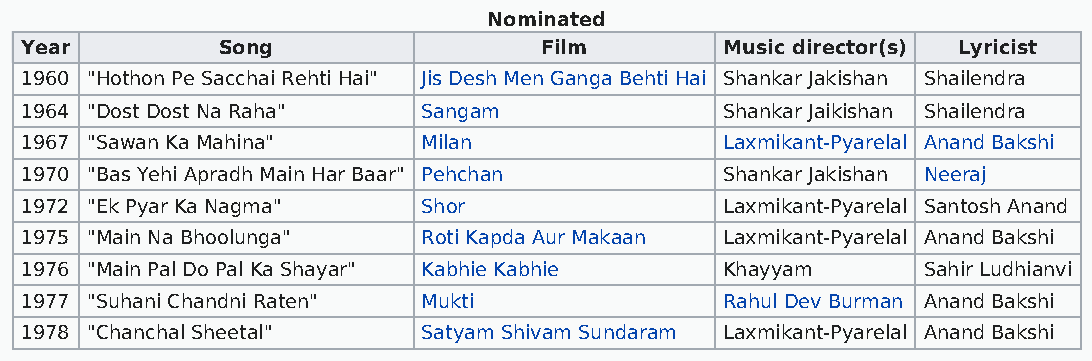
Nominated
 Year         Song                  Film        Music director(s) Lyricist
 1960 "Hothon Pe Sacchai Rehti Hai" Jis Desh Men Ganga Behti Hai Shankar Jakishan Shailendra
 1964 "Dost Dost Na Raha"   Sangam              Shankar Jaikishan Shailendra
 1967 "Sawan Ka Mahina"     Milan               Laxmikant-Pyarelal Anand Bakshi
 1970 "Bas Yehi Apradh Main Har Baar" Pehchan   Shankar Jakishan Neeraj
 1972 "Ek Pyar Ka Nagma"    Shor                Laxmikant-Pyarelal Santosh Anand
 1975 "Main Na Bhoolunga"   Roti Kapda Aur Makaan Laxmikant-Pyarelal Anand Bakshi
 1976 "Main Pal Do Pal Ka Shayar" Kabhie Kabhie Khayyam      Sahir Ludhianvi
 1977 "Suhani Chandni Raten" Mukti              Rahul Dev Burman Anand Bakshi
 1978 "Chanchal Sheetal"    Satyam Shivam Sundaram Laxmikant-Pyarelal Anand Bakshi